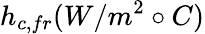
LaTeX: h_{c,fr}(W/m^{2}\circ C)